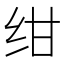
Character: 绀